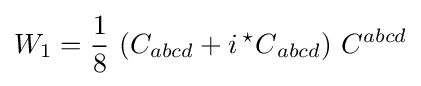
W_{1}={\frac {1}{8}}\,\left(C_{abcd}+i\,{{}^{\star }C}_{abcd}\right)\,C^{abcd}